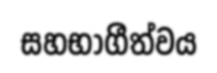
සහභාගීත්වය